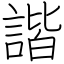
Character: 諧